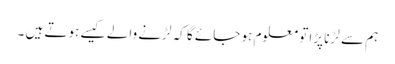
ہم سے لڑنا پڑا تو معلوم ہو جائے گا کہ لڑنے والے کیسے ہوتے ہیں ۔